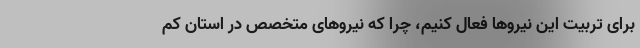
برای تربیت این نیروها فعال کنیم، چرا که نیروهای متخصص در استان کم